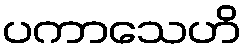
ပကာသေဟိ